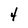
Character: 4